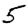
Digit: 5